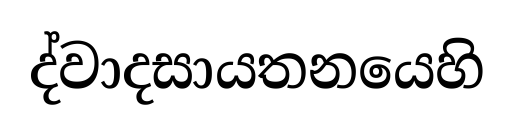
ද්වාදසායතනයෙහි